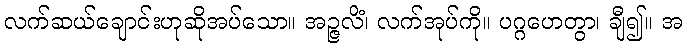
လက်ဆယ်ချောင်းဟုဆိုအပ်သော။ အဉ္ဇလိံ၊ လက်အုပ်ကို။ ပဂ္ဂဟေတွာ၊ ချီ၍။ အ